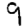
Digit: 9